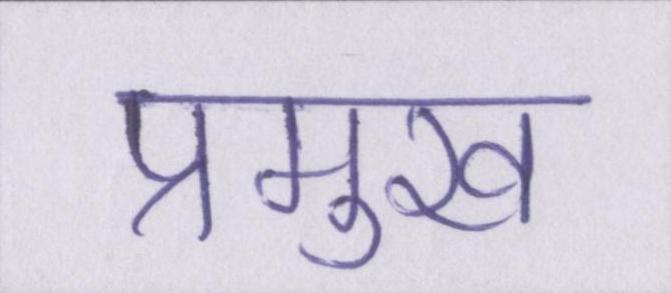
प्रमुख